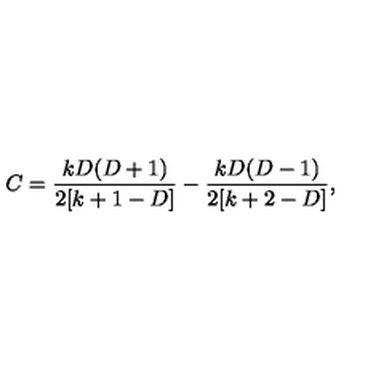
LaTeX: C = \frac { k D ( D + 1 ) } { 2 [ k + 1 - D ] } - \frac { k D ( D - 1 ) } { 2 [ k + 2 - D ] } ,